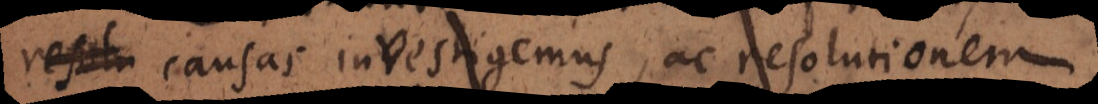
resolu causas investigemus, ac causas